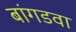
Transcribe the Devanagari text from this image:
बांगडवा